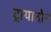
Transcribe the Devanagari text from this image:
ट्रायानोन